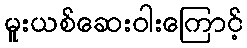
မူးယစ်ဆေးဝါးကြောင့်